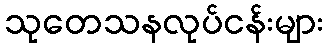
သုတေသနလုပ်ငန်းများ